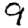
Digit: 9